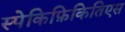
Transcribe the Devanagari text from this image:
स्पेकिफ़िकितिएस